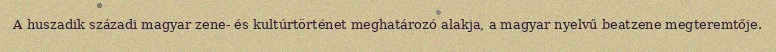
A huszadik századi magyar zene- és kultúrtörténet meghatározó alakja, a magyar nyelvű beatzene megteremtője.